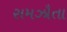
સમઝૌતા